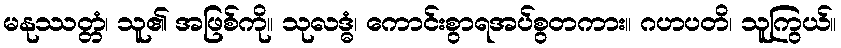
မနုဿတ္တံ၊ သူ၏ အဖြစ်ကို။ သုလဒ္ဓံ၊ ကောင်းစွာရအပ်စွတကား။ ဂဟပတိ၊ သူကြွယ်။